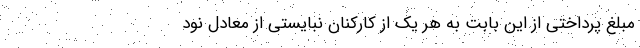
مبلغ پرداختی از این بابت به هر یک از کارکنان نبایستی از معادل نود